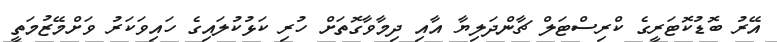
އޭރު ބޮޑުކޮޓަރީގެ ކްރިސްޓަލް ޗާންދަލިޔާ އާއި ދިމާވާގޮތަށް ހުރި ކަޅުކުލައިގެ ހައިވަކަރު ވަށްމޭޒުމަތީ